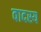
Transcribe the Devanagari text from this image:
वादस्य